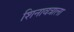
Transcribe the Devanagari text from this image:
शिनावत्राला